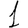
Digit: 1